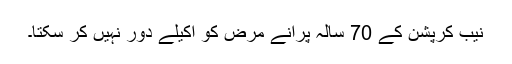
نیب کرپشن کے 70 سالہ پرانے مرض کو اکیلے دور نہیں کر سکتا۔